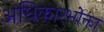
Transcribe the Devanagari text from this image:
अधिकारभोक्ता